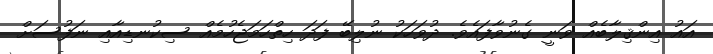
އައު އިންޤިލާބެއް ވަނީ ގެނުވާފައެވެ. ދުވަހަކު ނުލިބޭ ފަދަ ހިތްހަމަޖެހުމެއް ސިކުނޑިއާއި ނަފުސަށް